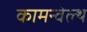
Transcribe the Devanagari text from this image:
कामन्वेल्थ